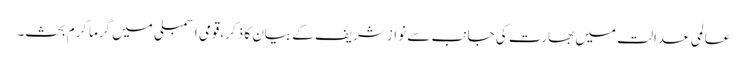
عالمی عدالت میں بھارت کی جانب سے نواز شریف کے بیان کا ذکر،قومی اسمبلی میں گرما گرم بحث۔